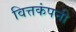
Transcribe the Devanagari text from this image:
वित्तकंपनी